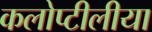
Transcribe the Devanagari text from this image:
कलोप्टीलीया